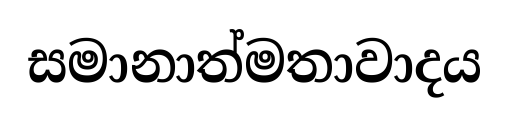
සමානාත්මතාවාදය